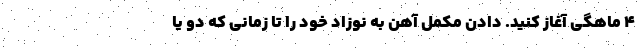
۴ ماهگی آغاز کنید. دادن مکمل آهن به نوزاد خود را تا زمانی که دو یا